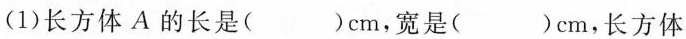
(1)长方体A的长是()cm，宽是()cm，长方体